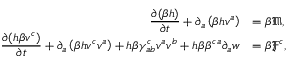
\begin{array} { r l } { \displaystyle \frac { \partial ( \beta h ) } { \partial t } + \partial _ { a } \left( \beta h v ^ { a } \right) } & { = \beta \mathfrak { M } , } \\ { \displaystyle \frac { \partial ( h \beta v ^ { c } ) } { \partial t } + \partial _ { a } \left( \beta h v ^ { c } v ^ { a } \right) + h \beta \gamma _ { a b } ^ { c } v ^ { a } v ^ { b } + h \beta \beta ^ { c a } \partial _ { a } { w } } & { = \beta \mathfrak { F } ^ { c } , } \end{array}